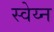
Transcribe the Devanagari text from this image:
स्वेय्न